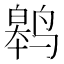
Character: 𬸢